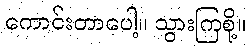
ကောင်းတာပေါ့။ သွားကြစို့။